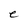
Character: e